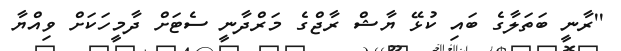
''ރާނީ ބަތަލާގެ ބައި ކުޅޭ ޔާޝް ރާޖްގެ މަރްދާނީ ސެޓަށް ދާމީހަކަށް ވިއްޔާ